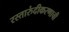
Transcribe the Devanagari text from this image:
रस्तारुंदीकरणाची